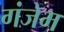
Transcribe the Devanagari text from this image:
गंजेम